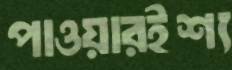
পাওয়ারইশ্য